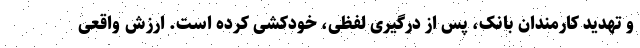
و تهدید کارمندان بانک، پس از درگیری لفظی، خودکشی کرده است. ارزش واقعی